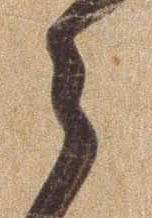
ら